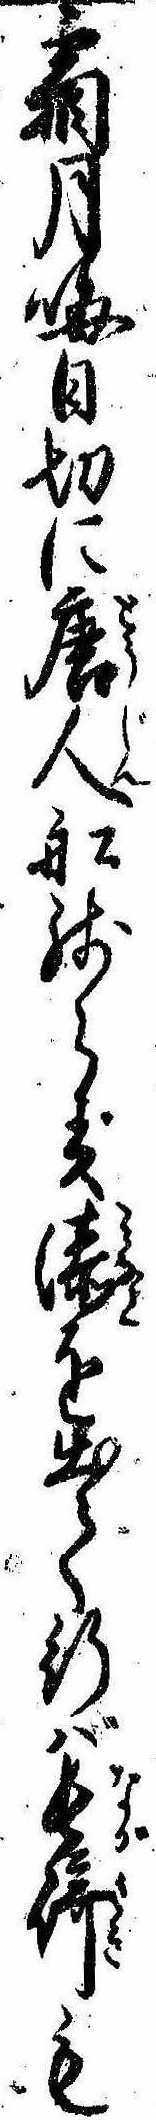
霜月晦日切に唐人船残らず湊を出て行ば長崎も